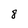
Character: 8